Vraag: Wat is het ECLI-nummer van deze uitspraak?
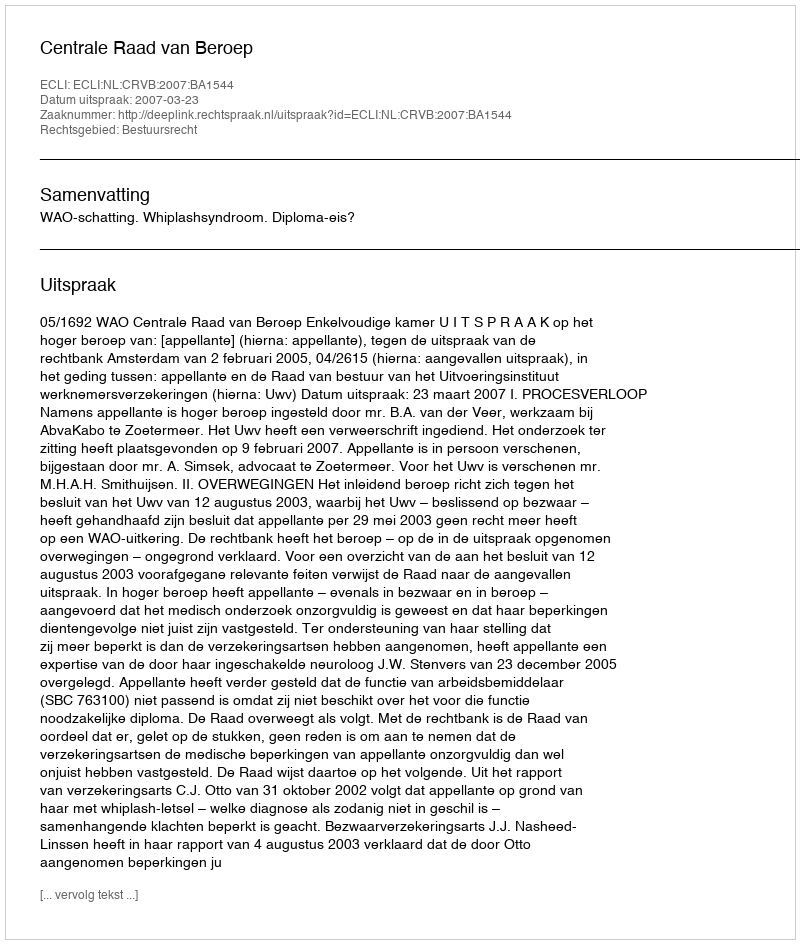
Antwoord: ECLI:NL:CRVB:2007:BA1544